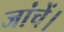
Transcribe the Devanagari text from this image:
जांचें।